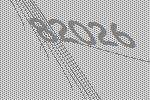
82026